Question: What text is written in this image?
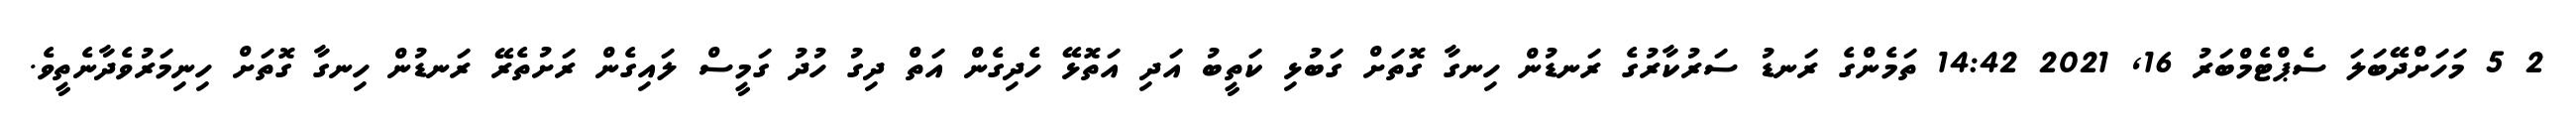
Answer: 2 5 މަހަށްދޭބަލަ ސެޕްޓެމްބަރު 16, 2021 14:42 ތަމެންގެ ރަނޑު ސަރުކާރުގެ ރަނޑުން ހިނގާ ގޮތަށް ގަބުޅި ކަތީބު އަދި އަތޮޅޭ ހެދިގެން އަތް ދިގު ހުދު ގަމީސް ލައިގެން ރަށުތެރޭ ރަނޑުން ހިނގާ ގޮތަށް ހިނިމަރުވެދާނެތީވެ.